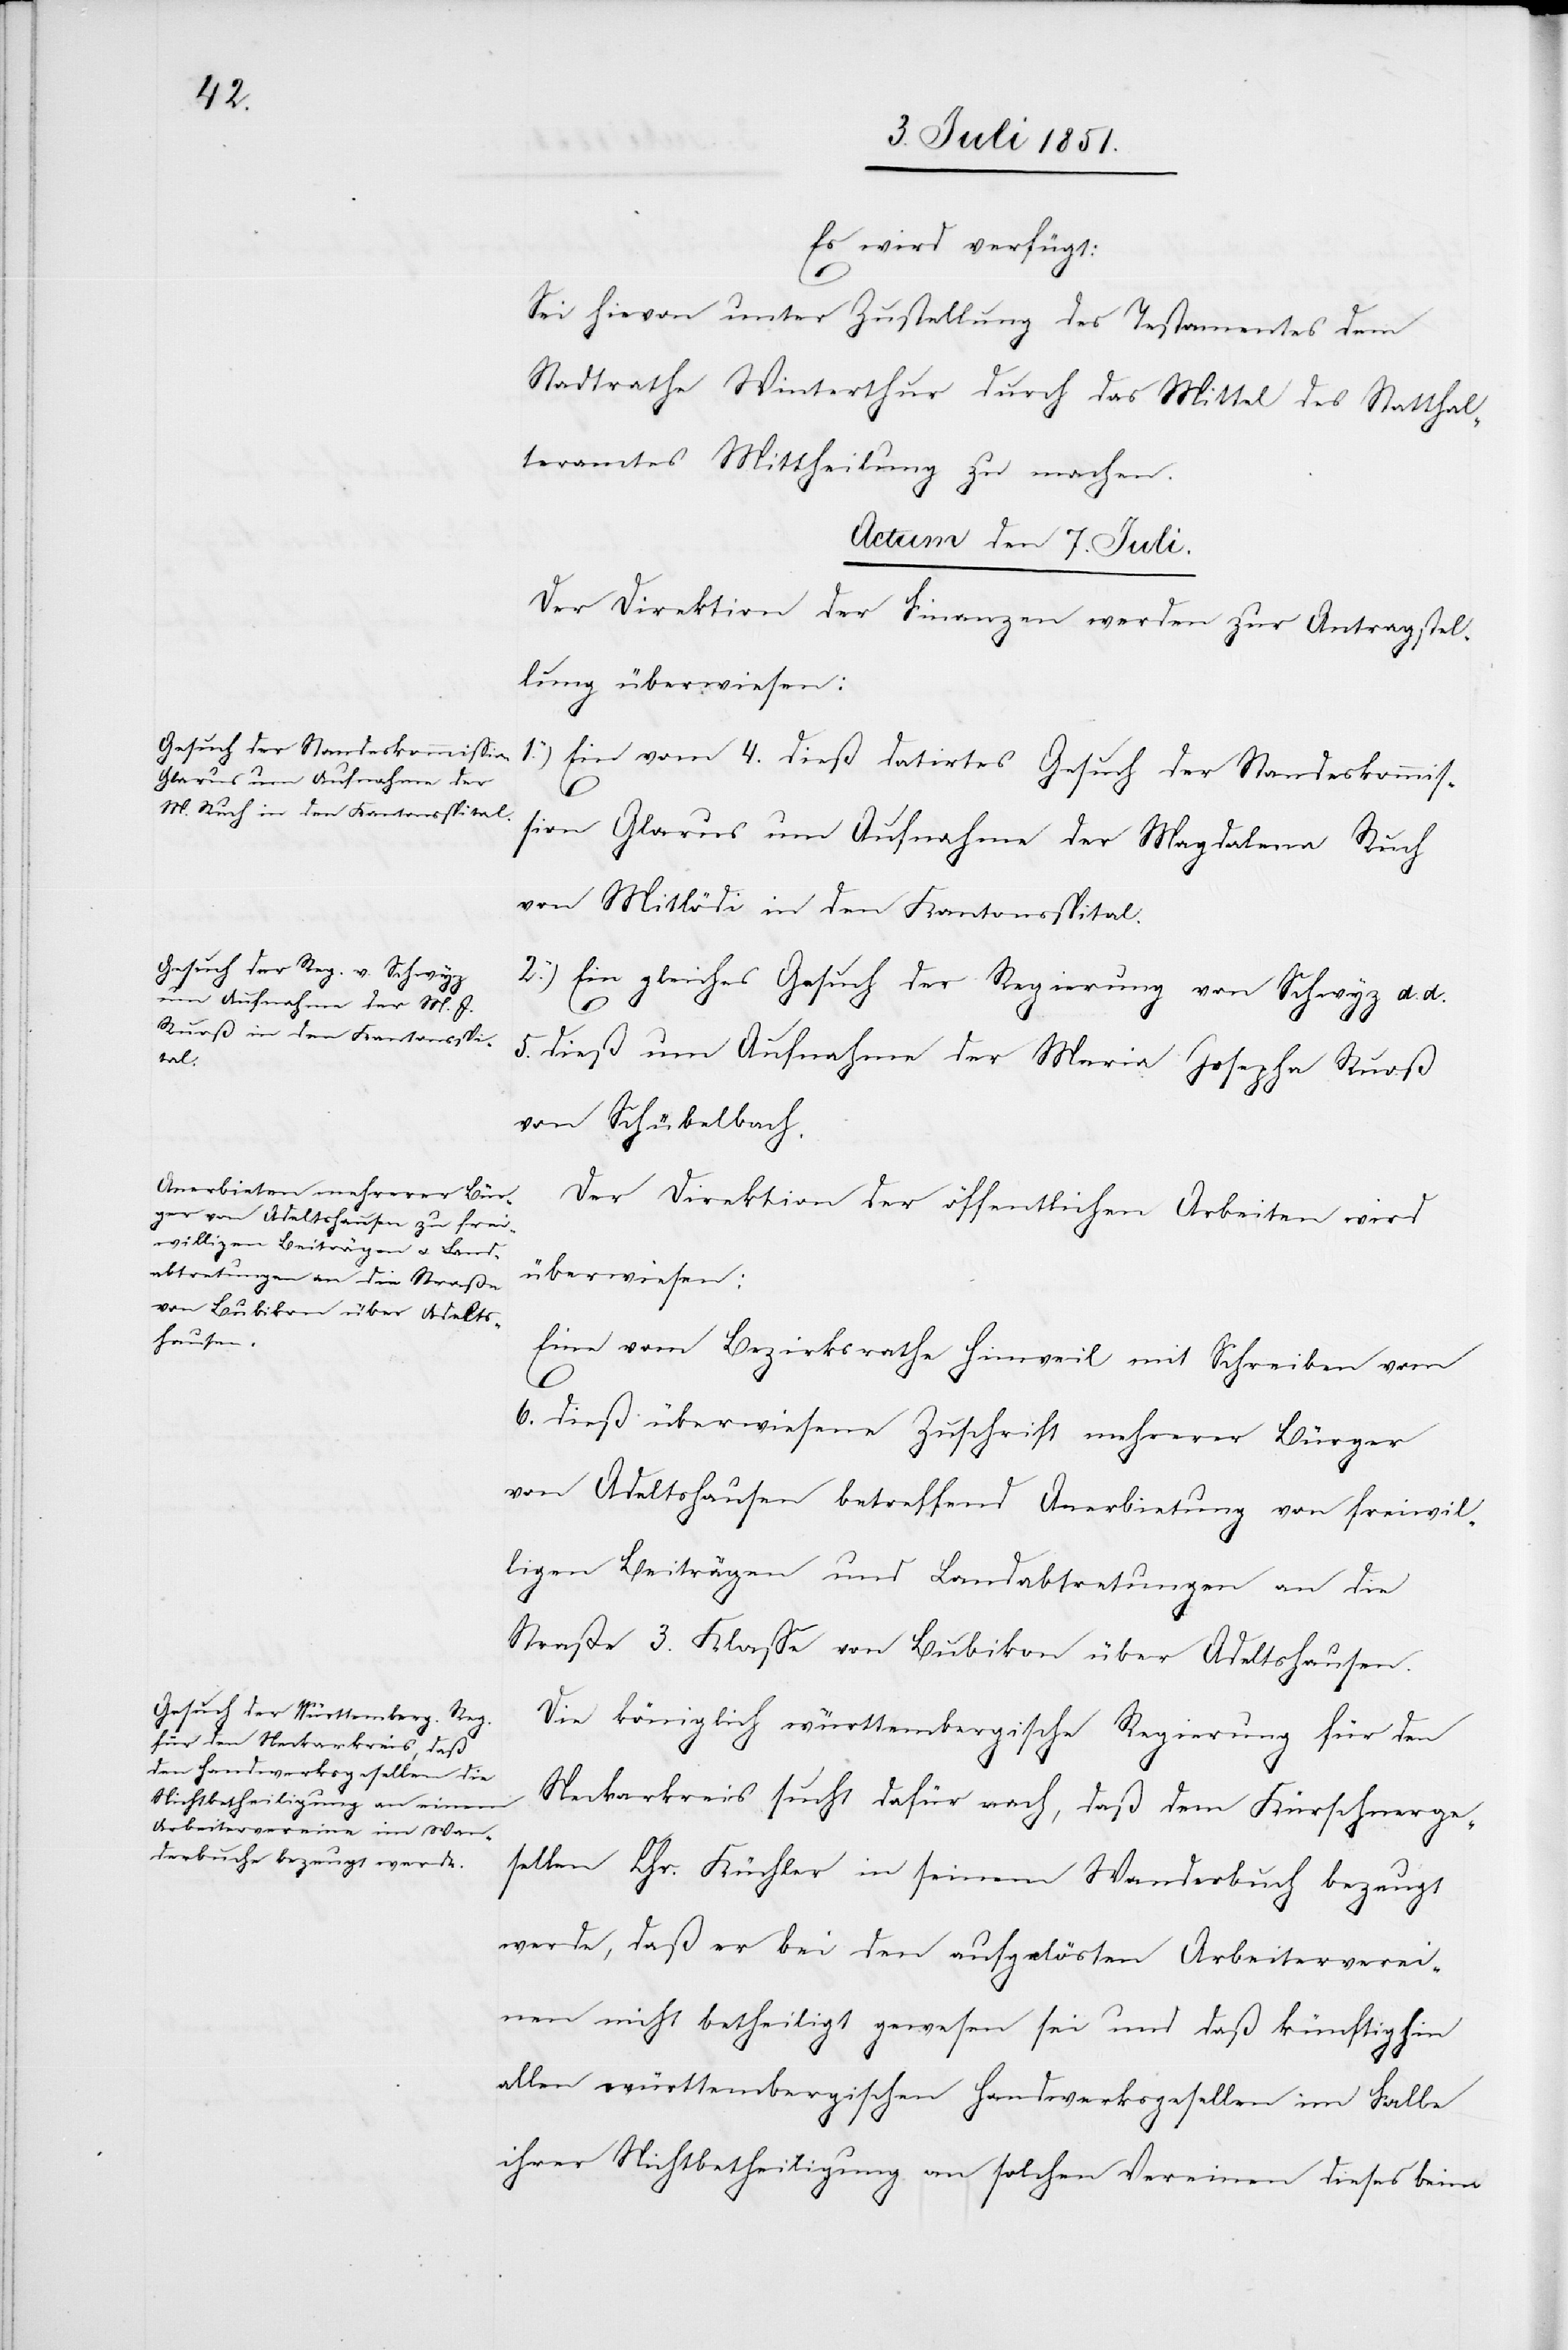
Es wird verfügt:
Sei hievon unter Zustellung des Testamentes dem
Stadtrathe Winterthur durch das Mittel des Statthal¬
teramtes Mittheilung zu machen.
Actum den 7. Juli.]
Der Direktion der Finanzen werden zur Antragstel¬
lung überwiesen:
1.) Ein vom 4. dieß datirtes Gesuch der Standeskommis¬
sion Glarus um Aufnahme der Magdalena Ruch
von Mitlödi in den Kantonsspital.
2.) Ein gleiches Gesuch der Regierung von Schwyz d. d.
5. dieß um Aufnahme der Maria Josepha Ruoß
von Schübelbach.
Der Direktion der öffentlichen Arbeiten wird
überwiesen:
Eine vom Bezirksrathe Hinweil mit Schreiben vom
6. dieß überwiesene Zuschrift mehrerer Bürger
von Adeltshausen betreffend Anerbietung von freiwil¬
ligen Beiträgen und Landabtretungen an die
Straße 3. Klasse von Bubikon über Adeltshausen.
Die königlich württembergische Regierung für den
Neckarkreis sucht dafür nach, daß dem Kürschnerge¬
sellen Chr. Küchler in seinem Wanderbuch bezeugt
werde, daß er bei den aufgelösten Arbeiterverei¬
nen nicht betheiligt gewesen sei und daß künftighin
allen württembergischen Handwerksgesellen im Falle
ihrer Nichtbetheiligung an solchen Vereinen dieses beim